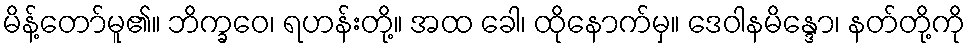
မိန့်တော်မူ၏။ ဘိက္ခဝေ၊ ရဟန်းတို့။ အထ ခေါ၊ ထိုနောက်မှ။ ဒေဝါနမိန္ဒော၊ နတ်တို့ကို